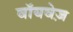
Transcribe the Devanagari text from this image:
वॉयवेज़